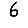
Digit: 6